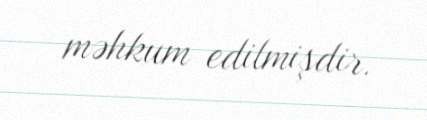
məhkum edilmişdir.